Code of medical and sanitary regulations for the guidance of medical officers serving in the Madras Presidency - Volume II
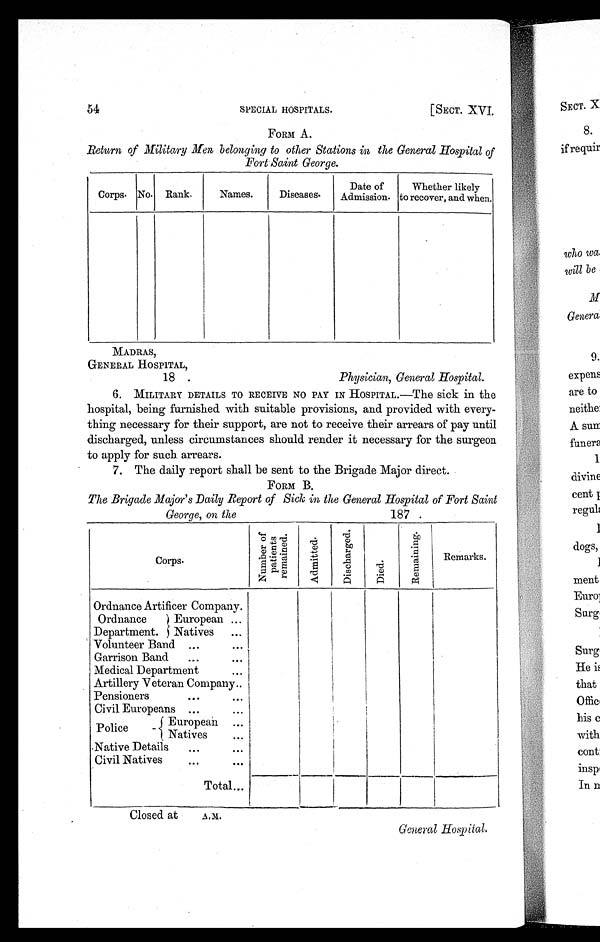
54
[SECT. XVI.
SPECIAL HOSPITALS.
MADRAS,
GENERAL HOSPITAL,
18 .
Physician, General Hospital.
FORM A.
Return of Military Men belonging to other Stations in the General Hospital of
Fort Saint George.
Corps. No. Rank.
Names.
Diseases.
Date of
Admission.
Whether likely
to recover, and when.
6.
MILITARY DETAILS TO RECEIVE NO PAY IN HOSPITAL.—The sick in the
hospital, being furnished with suitable provisions, and provided with every-
thing necessary for their support, are not to receive their arrears of pay until
discharged, unless circumstances should render it necessary for the surgeon
to apply for such arrears.
7. The daily report shall be sent to the Brigade Major direct.
FORM B.
The Brigade Major's Daily Report of Sick in the General Hospital of Fort Saint
George. on the
187.
Corps.
N u m b e r o f p a t i e n t s r e m a i n d e d .
A d m i t t e d .
D i s c h a r g e d .
D i e d .
R e m a i n i n g .
Remarks.
Ordnance Artificer Company.
Ordnance
European ...
Department. Natives ...
Volunteer Band ...
. . .
Garrison Band
...
. . .
Medical Department
. . .
Artillery Veteran Company..
Pensioners
...
. . .
Civil Europeans ...
. . .
Police
European ...
Natives . . .
. . .
Native Details
...
. . .
Civil Natives
...
. . .
Total...
C l o s e d a t A . M .
General Hospital,